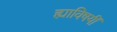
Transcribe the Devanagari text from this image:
ह्याविषयीं